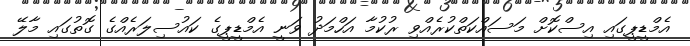
އެމްޑީޕީގައި އިސްކޮށް މަސައްކަތްކުރެއްވި ރުކުމާ އަހްމަދު ވަނީ އެމްޑީޕީގެ ކައުސިލަރެއްގެ ގޮތުގައި މާލޭ